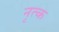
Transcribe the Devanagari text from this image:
नृत्क